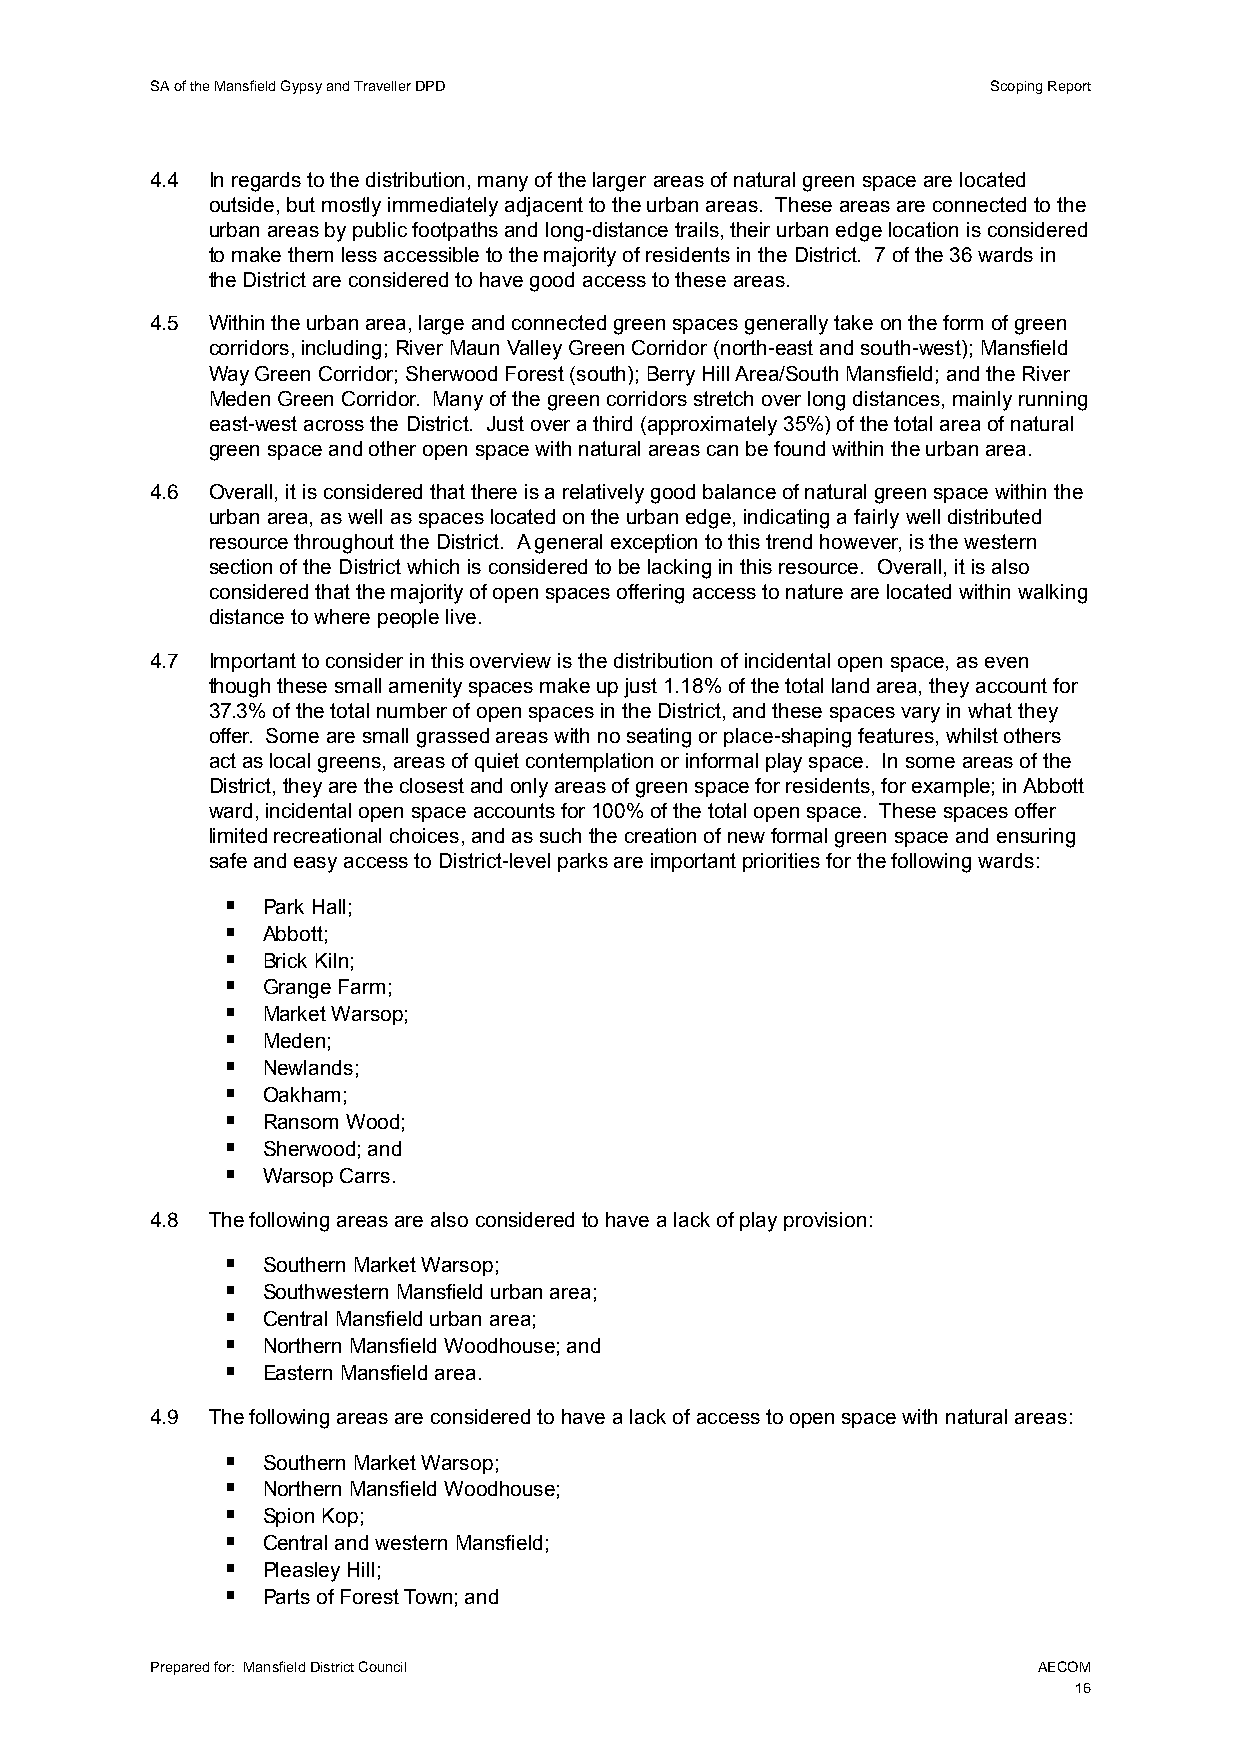
SA of the Mansfield Gypsy and Traveller DPD             Scoping Report
 4.4 In regards to the distribution, many of the larger areas of natural green space are located
 outside, but mostly immediately adjacent to the urban areas. These areas are connected to the
 urban areas by public footpaths and long-distance trails, their urban edge location is considered
 to make them less accessible to the majority of residents in the District. 7 of the 36 wards in
 the District are considered to have good access to these areas.
 4.5 Within the urban area, large and connected green spaces generally take on the form of green
 corridors, including; River Maun Valley Green Corridor (north-east and south-west); Mansfield
 Way Green Corridor; Sherwood Forest (south); Berry Hill Area/South Mansfield; and the River
 Meden Green Corridor. Many of the green corridors stretch over long distances, mainly running
 east-west across the District. Just over a third (approximately 35%) of the total area of natural
 green space and other open space with natural areas can be found within the urban area.
 4.6 Overall, it is considered that there is a relatively good balance of natural green space within the
 urban area, as well as spaces located on the urban edge, indicating a fairly well distributed
 resource throughout the District. A general exception to this trend however, is the western
 section of the District which is considered to be lacking in this resource. Overall, it is also
 considered that the majority of open spaces offering access to nature are located within walking
 distance to where people live.
 4.7 Important to consider in this overview is the distribution of incidental open space, as even
 though these small amenity spaces make up just 1.18% of the total land area, they account for
 37.3% of the total number of open spaces in the District, and these spaces vary in what they
 offer. Some are small grassed areas with no seating or place-shaping features, whilst others
 act as local greens, areas of quiet contemplation or informal play space. In some areas of the
 District, they are the closest and only areas of green space for residents, for example; in Abbott
 ward, incidental open space accounts for 100% of the total open space. These spaces offer
 limited recreational choices, and as such the creation of new formal green space and ensuring
 safe and easy access to District-level parks are important priorities for the following wards:
  Park Hall;
  Abbott;
  Brick Kiln;
  Grange Farm;
  Market Warsop;
  Meden;
  Newlands;
  Oakham;
  Ransom Wood;
  Sherwood; and
  Warsop Carrs.
 4.8 The following areas are also considered to have a lack of play provision:
  Southern Market Warsop;
  Southwestern Mansfield urban area;
  Central Mansfield urban area;
  Northern Mansfield Woodhouse; and
  Eastern Mansfield area.
 4.9 The following areas are considered to have a lack of access to open space with natural areas:
  Southern Market Warsop;
  Northern Mansfield Woodhouse;
  Spion Kop;
  Central and western Mansfield;
  Pleasley Hill;
  Parts of Forest Town; and
 Prepared for: Mansfield District Council                   AECOM
 16